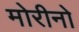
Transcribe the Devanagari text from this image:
मोरीनो